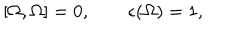
[ \Omega , \Omega ] = 0 , \qquad \epsilon ( \Omega ) = 1 ,